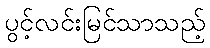
ပွင့်လင်းမြင်သာသည့်